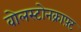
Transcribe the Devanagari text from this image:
वोलस्टोनक्राफ़्ट